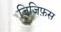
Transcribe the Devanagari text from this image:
जिजिफ़स